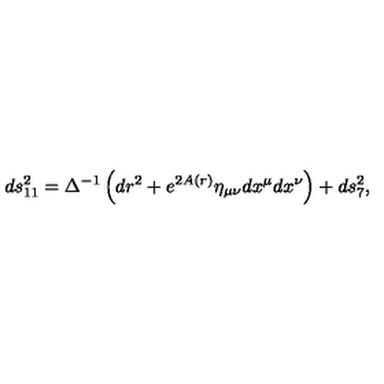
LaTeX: d s _ { 1 1 } ^ { 2 } = \Delta ^ { - 1 } \left( d r ^ { 2 } + e ^ { 2 A ( r ) } \eta _ { \mu \nu } d x ^ { \mu } d x ^ { \nu } \right) + d s _ { 7 } ^ { 2 } ,